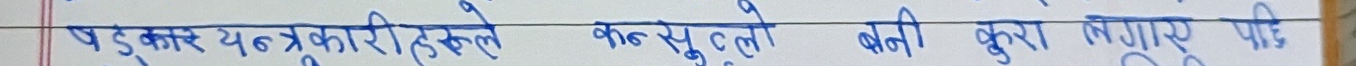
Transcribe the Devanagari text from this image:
पडुकार यन्त्रकारीहरुले कन्सुलले बनी कुरा लगाएर पछि